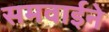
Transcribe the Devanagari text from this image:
समवाईने